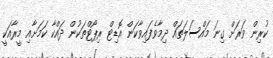
ކުރިން ވަރަށް ގިނަ މައްސަލަތައް ދިމާވެފައިވާކަން އޮޑިޓް ރިޕޯޓްތަކުން ދައްކާ ކަމަށާއި މީރާއަކީ